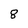
Character: 8